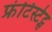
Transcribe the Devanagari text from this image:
फ्रंटिस्टेट्स